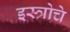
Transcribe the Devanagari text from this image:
इस्त्रोचे